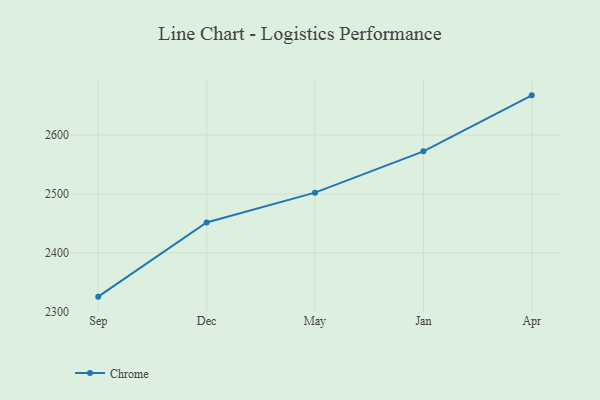
{"axis": {"x": "Month", "y": "Humidity (%)"}, "legend": ["Chrome"], "data": [{"x": "Sep", "y": 2325.6, "type": "Chrome"}, {"x": "Dec", "y": 2451.5, "type": "Chrome"}, {"x": "May", "y": 2502.1, "type": "Chrome"}, {"x": "Jan", "y": 2572.2, "type": "Chrome"}, {"x": "Apr", "y": 2667.3, "type": "Chrome"}]}